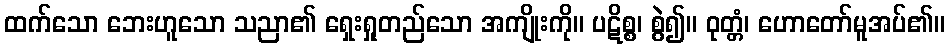
ထက်သော ဘေးဟူသော သညာ၏ ရှေးရှုတည်သော အကျိုးကို။ ပဋိစ္စ၊ စွဲ၍။ ဝုတ္တံ၊ ဟောတော်မူအပ်၏။